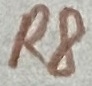
Text: R8